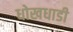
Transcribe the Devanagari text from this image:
धोखधाडी